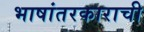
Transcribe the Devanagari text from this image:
भाषांतरकाराची